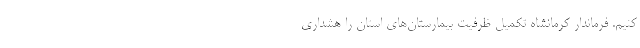
کنیم. فرماندار کرمانشاه تکمیل ظرفیت بیمارستان‌های استان را هشداری